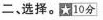
二、选择。10分